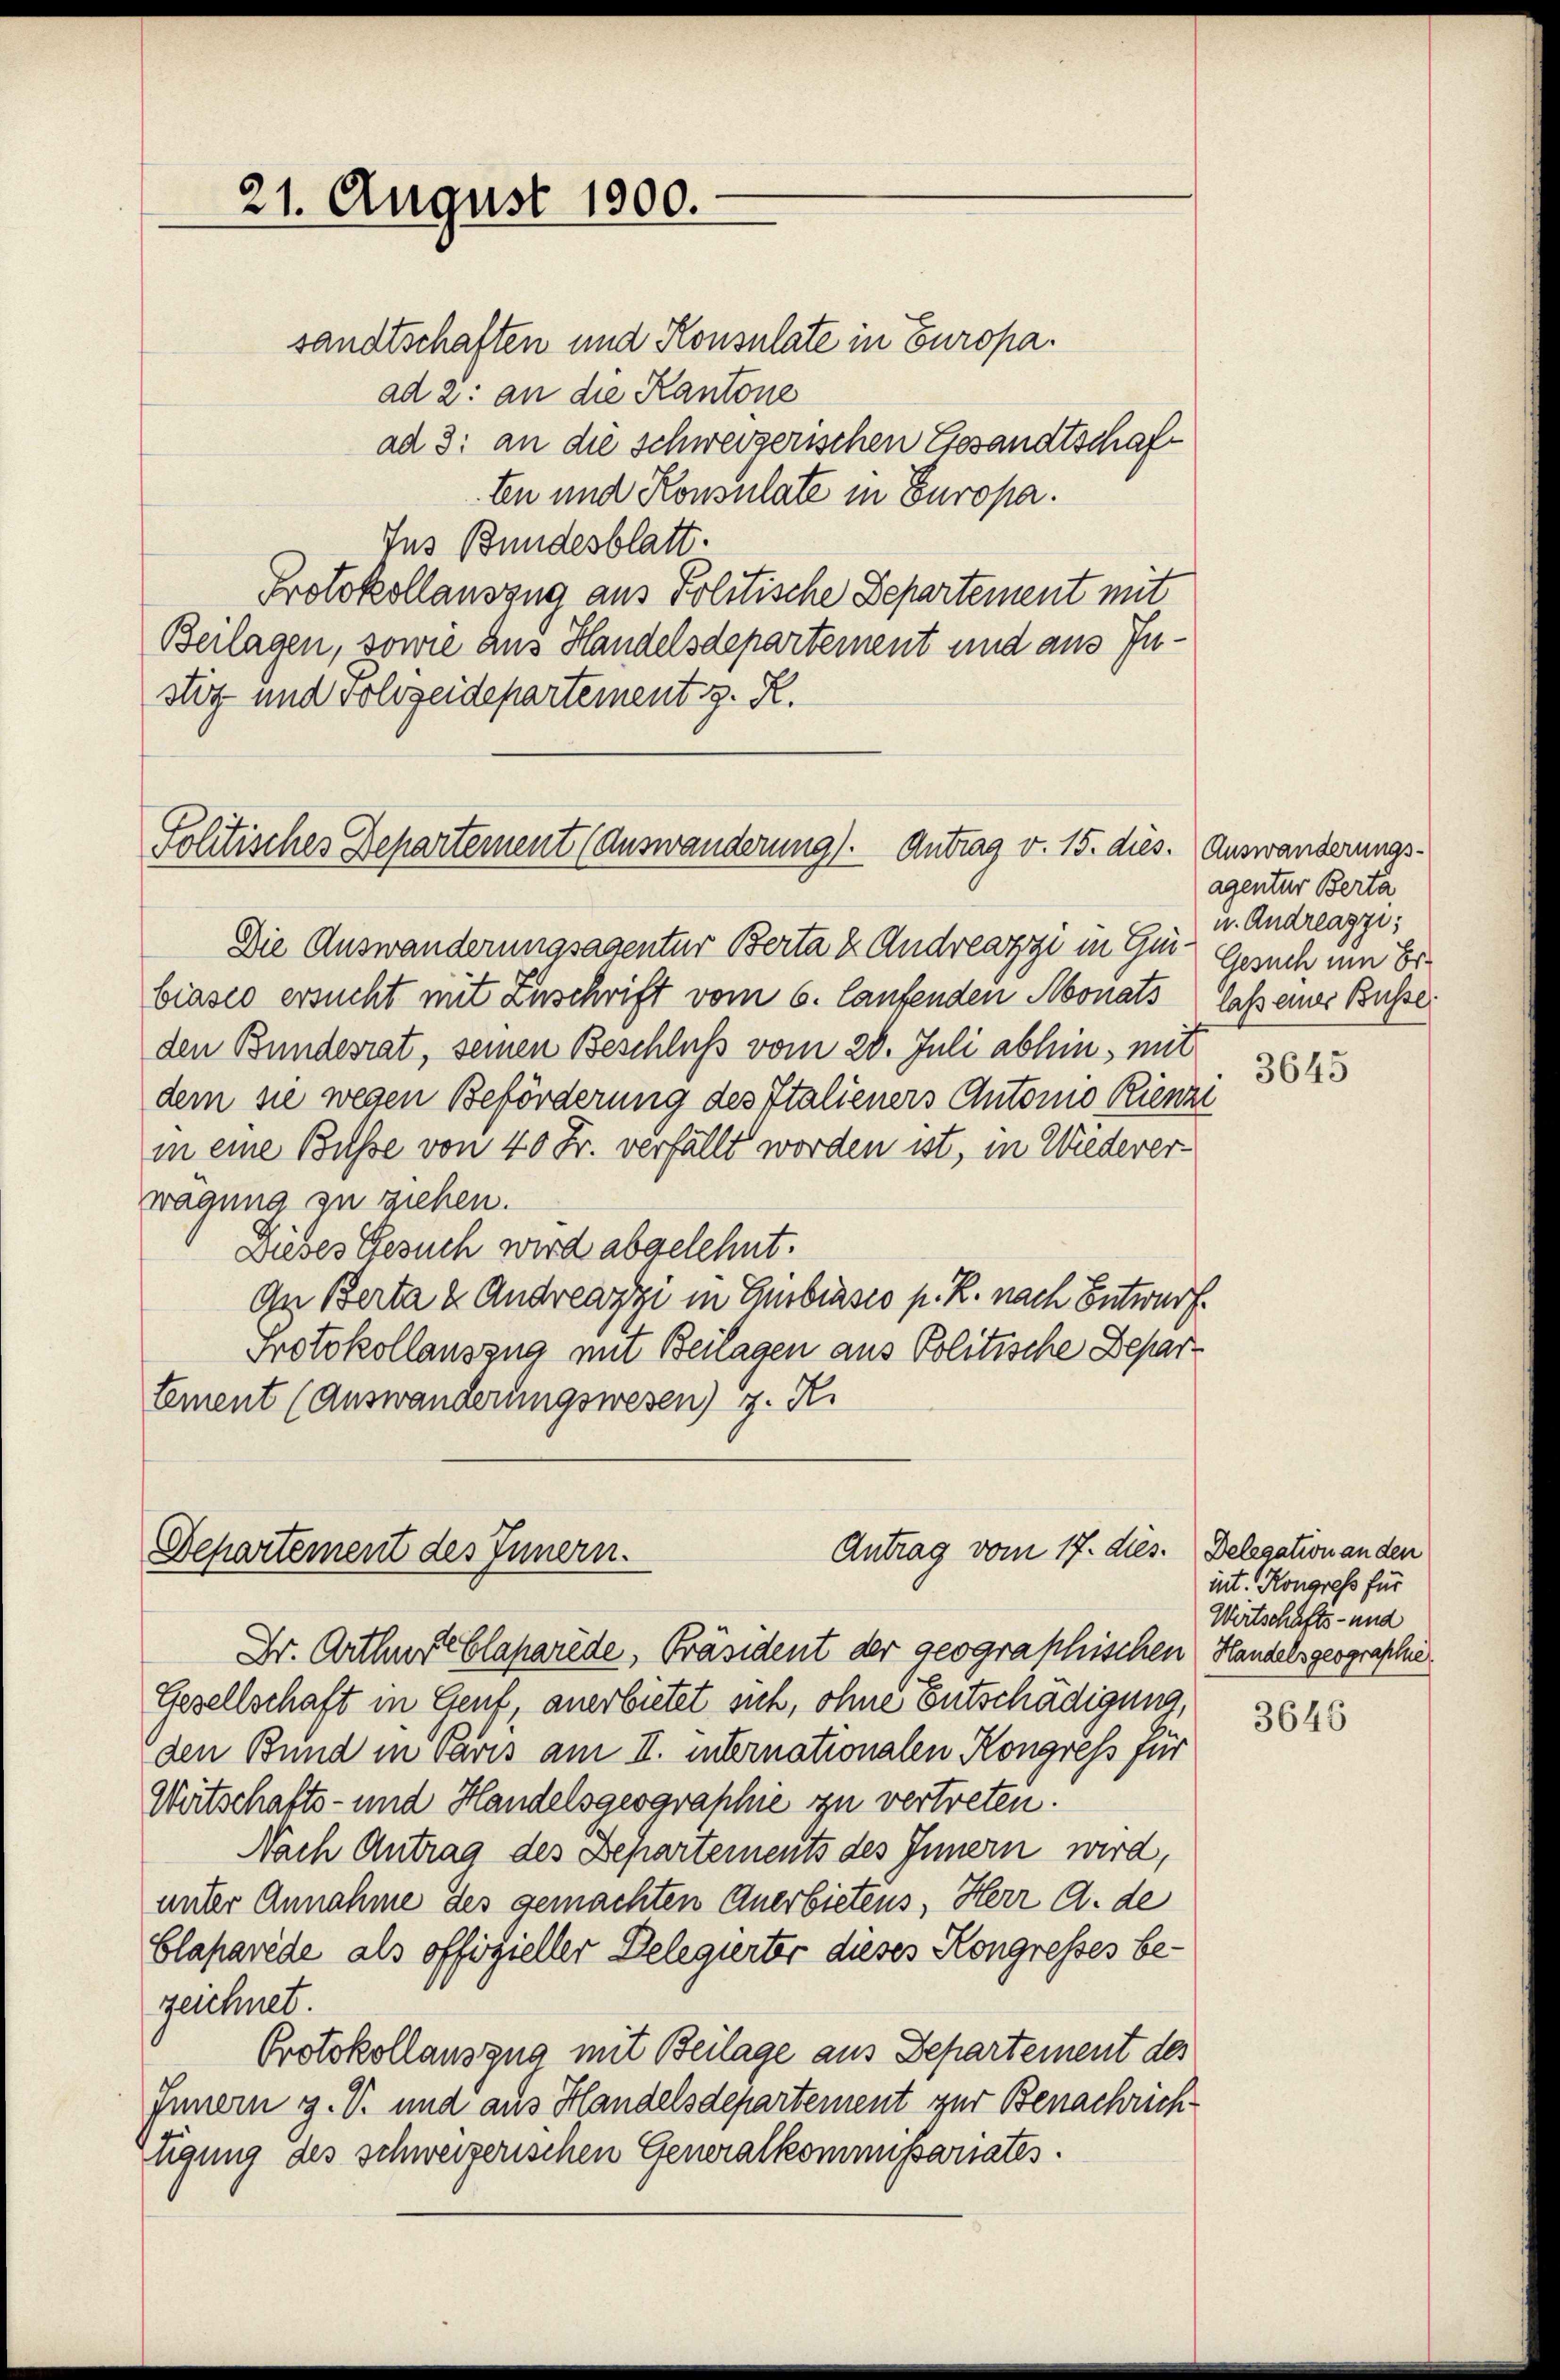
21. August 1900.

Politisches Departement (Auswanderung). Antrag v. 15. dies.

sandtschaften und Konsulate in Europaad 2: an die Kantone
ad 3: an die schweizerischen Gesandtschaft
En und Konsulate in Europa.
Ins Bundesblatt.
Protokollauszug aus Politische Departement mit
Beilagen, sowie aus Handelsdepartement und aus Instiz und Folizeidepartement z. R.

Antrag vom 17. dies. Delegation anden
Departement des Innern.

Die Auswanderungsagentur Berta u. Andreazzi in Gur-Gesuch um Erbiasco ersucht mit Zuschrift vom 6. laufenden Monats, laß einer Busse
den Bundesrat, seinen Beschluß vom 20. Juli abhin, mit
dem sie wegen Beförderung des Italieners Autonio Rienzi
in eine Bisse von 40 Fr. verfällt worden ist, in Wiedererwägung zu ziehen.
Dieses Gesuch wird abgelehnt.
An Berta u. Andreazzi in Embisses p. R. nach Entwurf.
Protokollauszug mit Beilagen aus Politische Departement (Auswanderungswesen) z. K.

Dr. Arthur blaparède, Präsident der geographischen Handels geographie
Gesellschaft in Genf, anerbietet sich, ohne Entschädigung,
den Bund in Paris am II. internationalen Kongress für
Wirtschafts- und Handelsgeographie zu vertreten.
Nach Antrag des Departements des Innern wird,
unter Annahme des gemachten Anerbietens, Herr A. de
Claparede als offizieller Delegierter dieses Kongresses bezeichnet.
Protokollauszug mit Beilage aus Departement des
Innern g. T. und aus Handelsdepartement zur Benachrichtigung des schweizerischen Generalkommissariates.

Auswanderungs-
agentur Berta
u. Andreazzi:
3645

int. Kongress für
Wirtschafts- und

3646